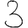
Digit: 3